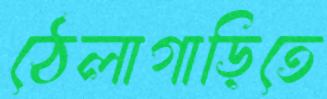
ঠেলাগাড়িতে